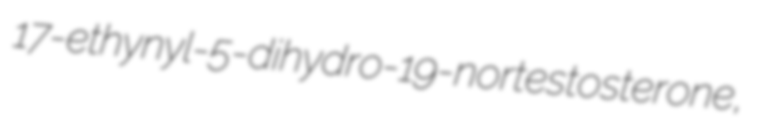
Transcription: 17α-ethynyl-5α-dihydro-19-nortestosterone,